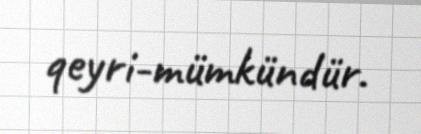
qeyri-mümkündür.